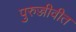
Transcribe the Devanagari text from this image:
पुरुज्जीवीत